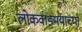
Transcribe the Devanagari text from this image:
लोकवाङ्मयाच्या